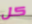
كل